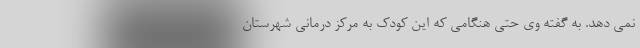
نمی دهد. به گفته وی حتی هنگامی که این کودک به مرکز درمانی شهرستان